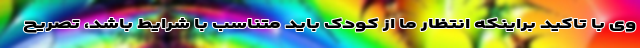
وی با تاکید براینکه انتظار ما از کودک باید متناسب با شرایط باشد، تصریح